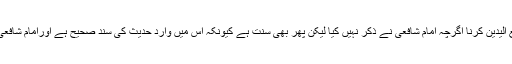
| امام الائمہ ابن خزیمہؒ نے کہا ہے کہ نماز کی تیسری رکعت کے شروع میں رفع الیدین کرنا اگرچہ امام شافعی نے ذکر نہیں کیا لیکن پھر بھی سنت ہے کیونکہ اس میں وارد حدیث کی سند صحیح ہے اورامام شافعی نے خود کہا ہے کہ سنت کے قائل ہو جایا کرو اورمیرے قول کو چھوڑ دیا کرو۔